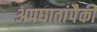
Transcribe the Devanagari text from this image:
अपघातांपैकी